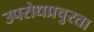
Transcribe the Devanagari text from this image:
उपरोधप्रचुरता